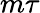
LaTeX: m\tau